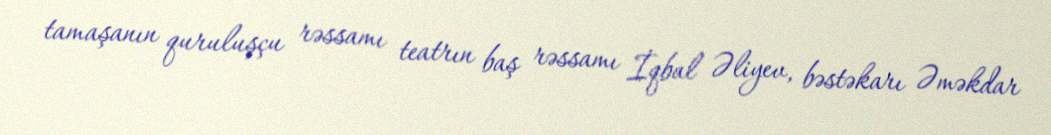
tamaşanın quruluşçu rəssamı teatrın baş rəssamı İqbal Əliyev, bəstəkarı Əməkdar